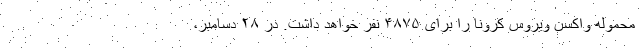
محموله واکسن ویروس کرونا را برای ۴۸۷۵ نفر خواهد داشت. در ۲۸ دسامبر،